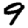
Digit: 9